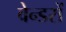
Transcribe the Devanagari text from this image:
वेन्डरों